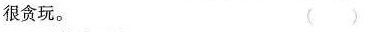
很贪玩。（）